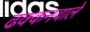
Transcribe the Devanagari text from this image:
ढक्कनवाले